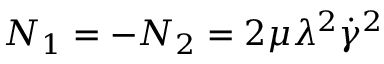
N _ { 1 } = - N _ { 2 } = 2 \mu \lambda ^ { 2 } \dot { \gamma } ^ { 2 }